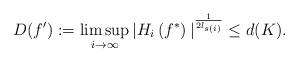
LaTeX: \begin{align*}D(f'):= \limsup_{i\rightarrow \infty }{{\lvert H_{i}}}\left( f^{\ast }\right) {{\rvert }^{\frac{1}{2l_{s(i)}}}}\leq d(K).\end{align*}